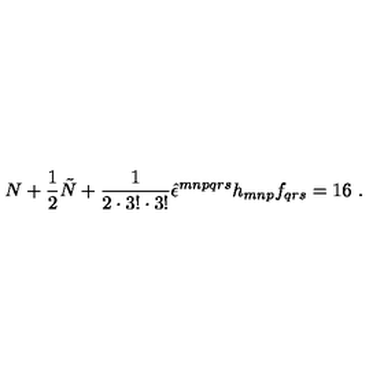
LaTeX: N + \frac { 1 } { 2 } \tilde { N } + \frac { 1 } { 2 \cdot 3 ! \cdot 3 ! } \hat { \epsilon } ^ { m n p q r s } h _ { m n p } f _ { q r s } = 1 6 \ .